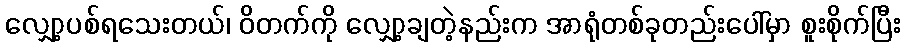
လျှော့ပစ်ရသေးတယ်၊ ဝိတက်ကို လျှော့ချတဲ့နည်းက အာရုံတစ်ခုတည်းပေါ်မှာ စူးစိုက်ပြီး